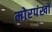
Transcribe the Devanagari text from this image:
मोरपंखों